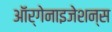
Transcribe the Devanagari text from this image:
ऑर्गेनाइजेशन्स